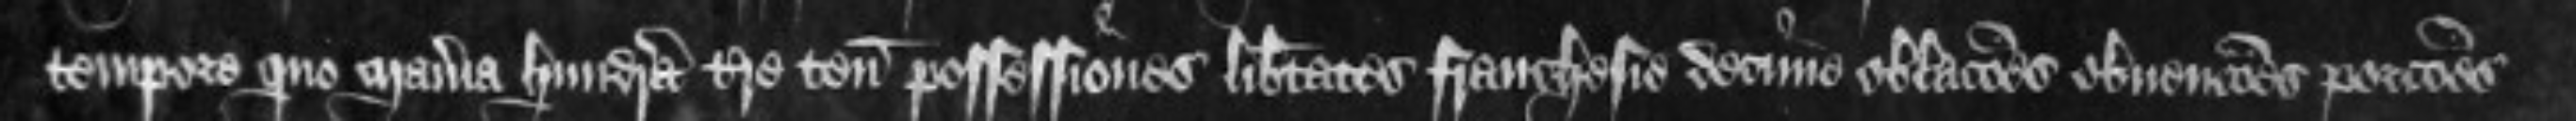
tempore quo maneria hundreda terre tenementa possessiones libertates franchesie decime oblaciones obvenciones porciones